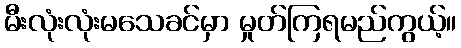
မီးလုံးလုံးမသေခင်မှာ မှုတ်ကြရမည်ကွယ့်။